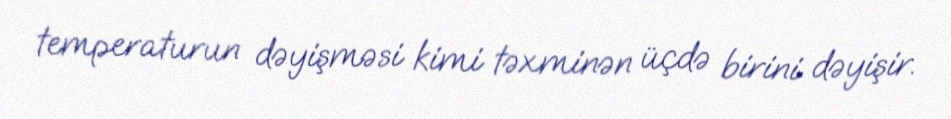
temperaturun dəyişməsi kimi təxminən üçdə birini dəyişir.